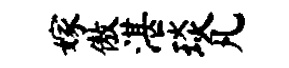
嫁傲湛琰凡